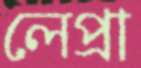
লেপ্রা